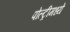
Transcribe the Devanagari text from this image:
पोल्ट्रीमध्ये